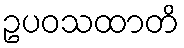
ဥပဝသထာတိ